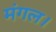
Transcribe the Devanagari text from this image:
मंगल।